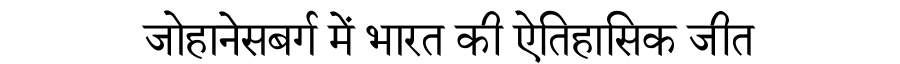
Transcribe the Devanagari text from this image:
जोहानेसबर्ग में भारत की ऐतिहासिक जीत